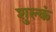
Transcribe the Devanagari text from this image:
शुल्कं